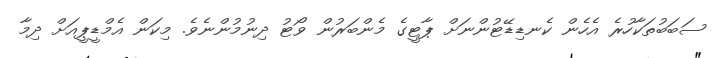
ސަބަބުތަކާހުރެ އެހެން ކެނޑިޑޭޓުންނަށް ޕާޓީގެ މެންބަރުން ވޯޓު ދިނުމުންނެވެ. މިކަން އެމްޑީޕީއަށް ދިމާ